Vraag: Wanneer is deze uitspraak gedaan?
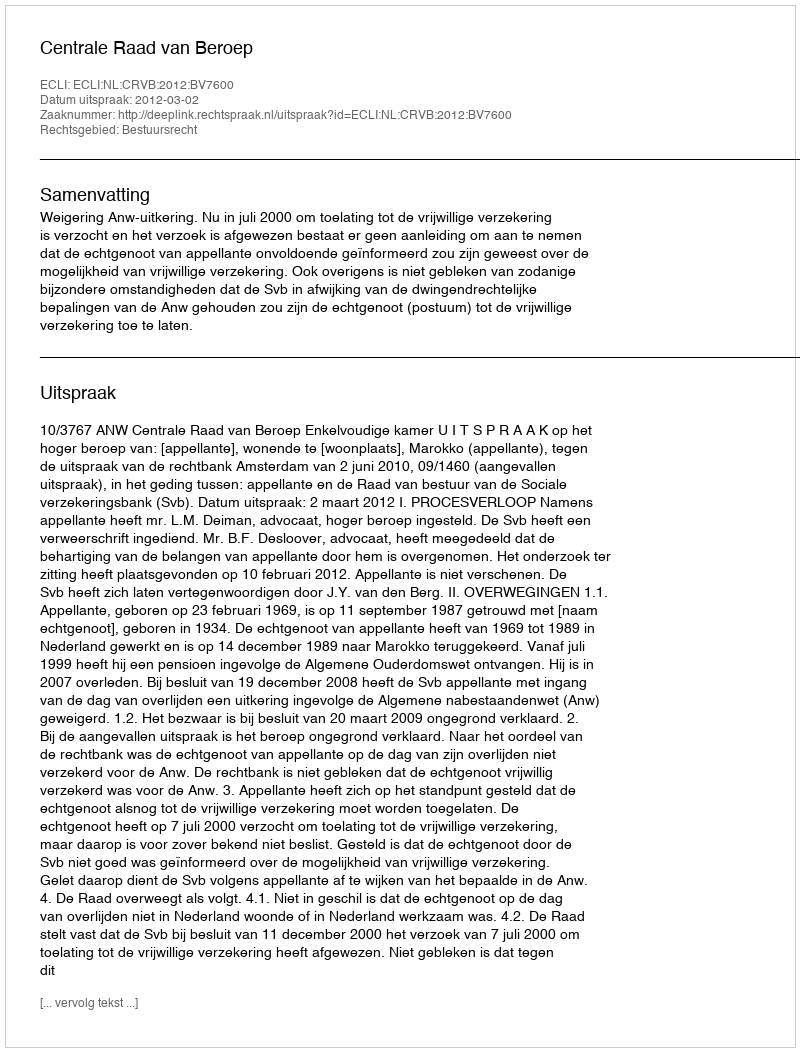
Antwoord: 2012-03-02